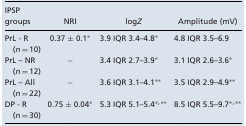
| IPSP |  |  |  |
 | groups | NRI | logZ | Amplitude (mV) |
 | --- | --- | --- | --- |
 | PrL ‐ R (n = 10) | 0.37 ± 0.1* | 3.9 IQR 3.4–4.8* | 4.8 IQR 3.5–6.9 |
 | PrL – NR (n = 12) | − | 3.4 IQR 2.7–3.9* | 3.1 IQR 2.6–3.6* |
 | PrL – All (n = 22) | − | 3.6 IQR 3.1–4.1** | 3.5 IQR 2.9–4.9** |
 | DP ‐ R (n = 30) | 0.75 ± 0.04* | 5.3 IQR 5.1–5.4*,** | 8.5 IQR 5.5–9.7*,** |